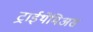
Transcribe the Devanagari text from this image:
ट्राईथेमिअस